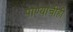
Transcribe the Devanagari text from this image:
पाण्याचीही